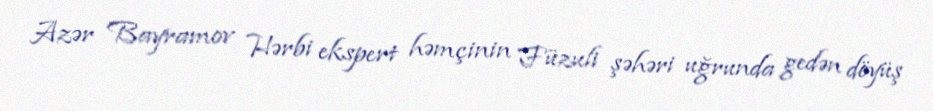
Azər Bayramov Hərbi ekspert həmçinin Füzuli şəhəri uğrunda gedən döyüş